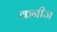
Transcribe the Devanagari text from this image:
कनीज